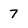
Character: 7